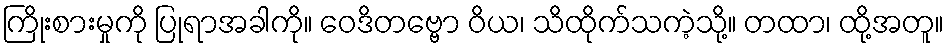
ကြိုးစားမှုကို ပြုရာအခါကို။ ဝေဒိတဗ္ဗော ဝိယ၊ သိထိုက်သကဲ့သို့။ တထာ၊ ထို့အတူ။